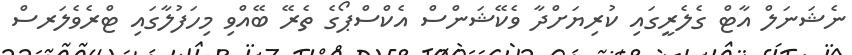
ނެޝަނަލް އާޓް ގެލެރީގައި ކުރިޔަށްދާ ވެކޭޝަންސް އެކްސްޕޯގެ ތެރޭ ބޭއްވި މިހަފުލާގައި ޓްރެވެލަރސް